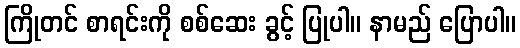
ကြိုတင် စာရင်းကို စစ်ဆေး ခွင့် ပြုပါ။ နာမည် ပြောပါ။